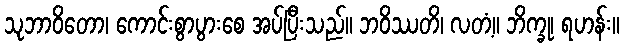
သုဘာဝိတော၊ ကောင်းစွာပွားစေ အပ်ပြီးသည်။ ဘဝိဿတိ၊ လတံ့။ ဘိက္ခု၊ ရဟန်း။